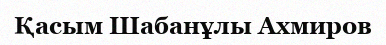
Қасым Шабанұлы Ахмиров